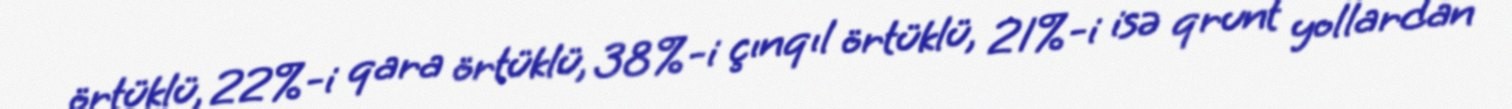
örtüklü, 22%-i qara örtüklü, 38%-i çınqıl örtüklü, 21%-i isə qrunt yollardan